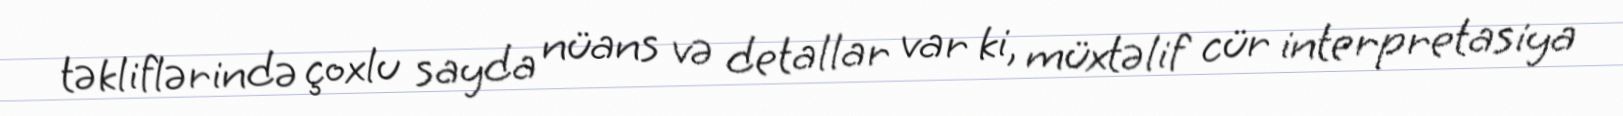
təkliflərində çoxlu sayda nüans və detallar var ki, müxtəlif cür interpretasiya